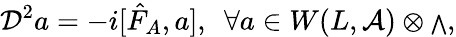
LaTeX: {\cal D}^{2}a=-i[{\hat{F}}_{A},a],\ \ \forall a\in W(L,{\cal A})\otimes{\scriptstyle\bigwedge},